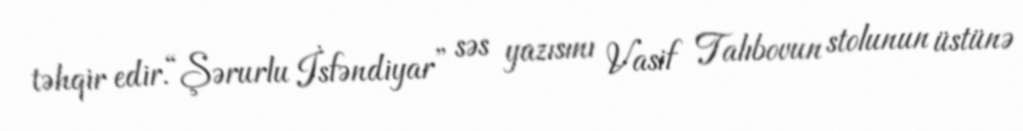
təhqir edir.“Şərurlu İsfəndiyar” səs yazısını Vasif Talıbovun stolunun üstünə